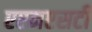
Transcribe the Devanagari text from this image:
एएमएसटी